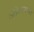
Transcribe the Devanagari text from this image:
नॉर्डिकलोकगीत